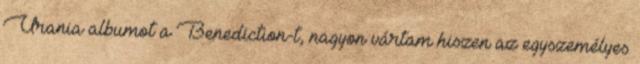
Urania albumot a Benediction-t, nagyon vártam hiszen az egyszemélyes